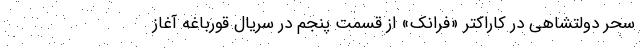
سحر دولتشاهی در کاراکتر «فرانک» از قسمت پنجم در سریال قورباغه آغاز